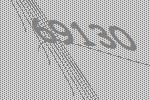
69130